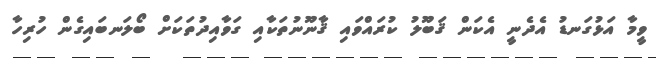
ވީމާ އަޅުގަނޑު އެދެނީ އެކަން ޤަބޫލު ކުރައްވައި ޤާނޫނުތަކާއި ގަވާއިދުތަކަށް ބޯލަނބައިގެން ހުރިހާ